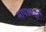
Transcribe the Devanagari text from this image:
मापडण्दों